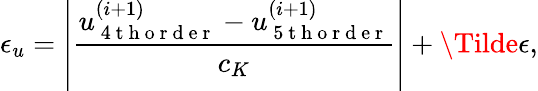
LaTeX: \epsilon_{u}=\left|\frac{u_{\mathrm{~4~t~h~o~r~d~e~r~}}^{(i+1)}-u_{\mathrm{~5~t~h~o~r~d~e~r~}}^{(i+1)}}{c_{K}}\right|+\Tilde{\epsilon},